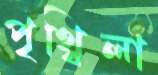
পৃথ্বিলা